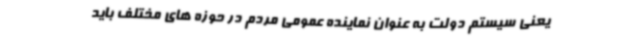
یعنی سیستم دولت به عنوان نماینده عمومی مردم در حوزه های مختلف باید